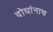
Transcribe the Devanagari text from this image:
दोघांनाच